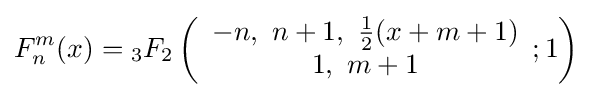
F_{n}^{m}(x)={}_{3}F_{2}\left({\begin{array}{c}-n,~n+1,~{\tfrac {1}{2}}(x+m+1)\\1,~m+1\end{array}};1\right)